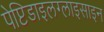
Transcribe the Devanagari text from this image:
पेप्टिडाइलग्लाइसाइन